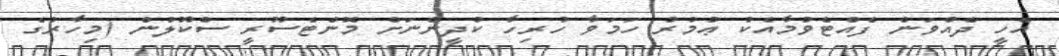
އެހީ ދެއްވަން ފެއްޓެވުމާއެކު ޢުމުރު ހަމަވާ ހުރިހާ ކުދީންނަށް މޮންޓެސޫރީ ސްކޫލުން (މިހާރުގެ